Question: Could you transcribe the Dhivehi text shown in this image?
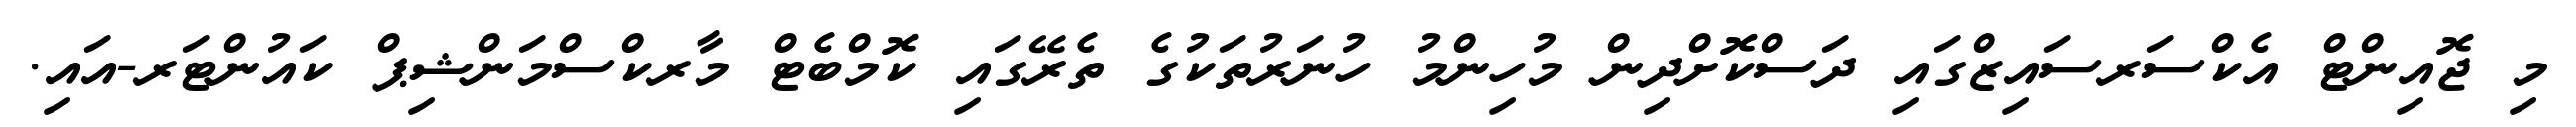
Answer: މި ޖޮއިންޓް އެކްސަރސައިޒްގައި ދަސްކޮށްދިން މުހިންމު ހުނަރުތަކުގެ ތެރޭގައި ކޮމްބެޓް މާރކްސްމަންޝިޕް ކައުންޓަރ-އައި.